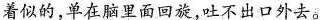
着似的，单在脑里面回旋，吐不出口外去。